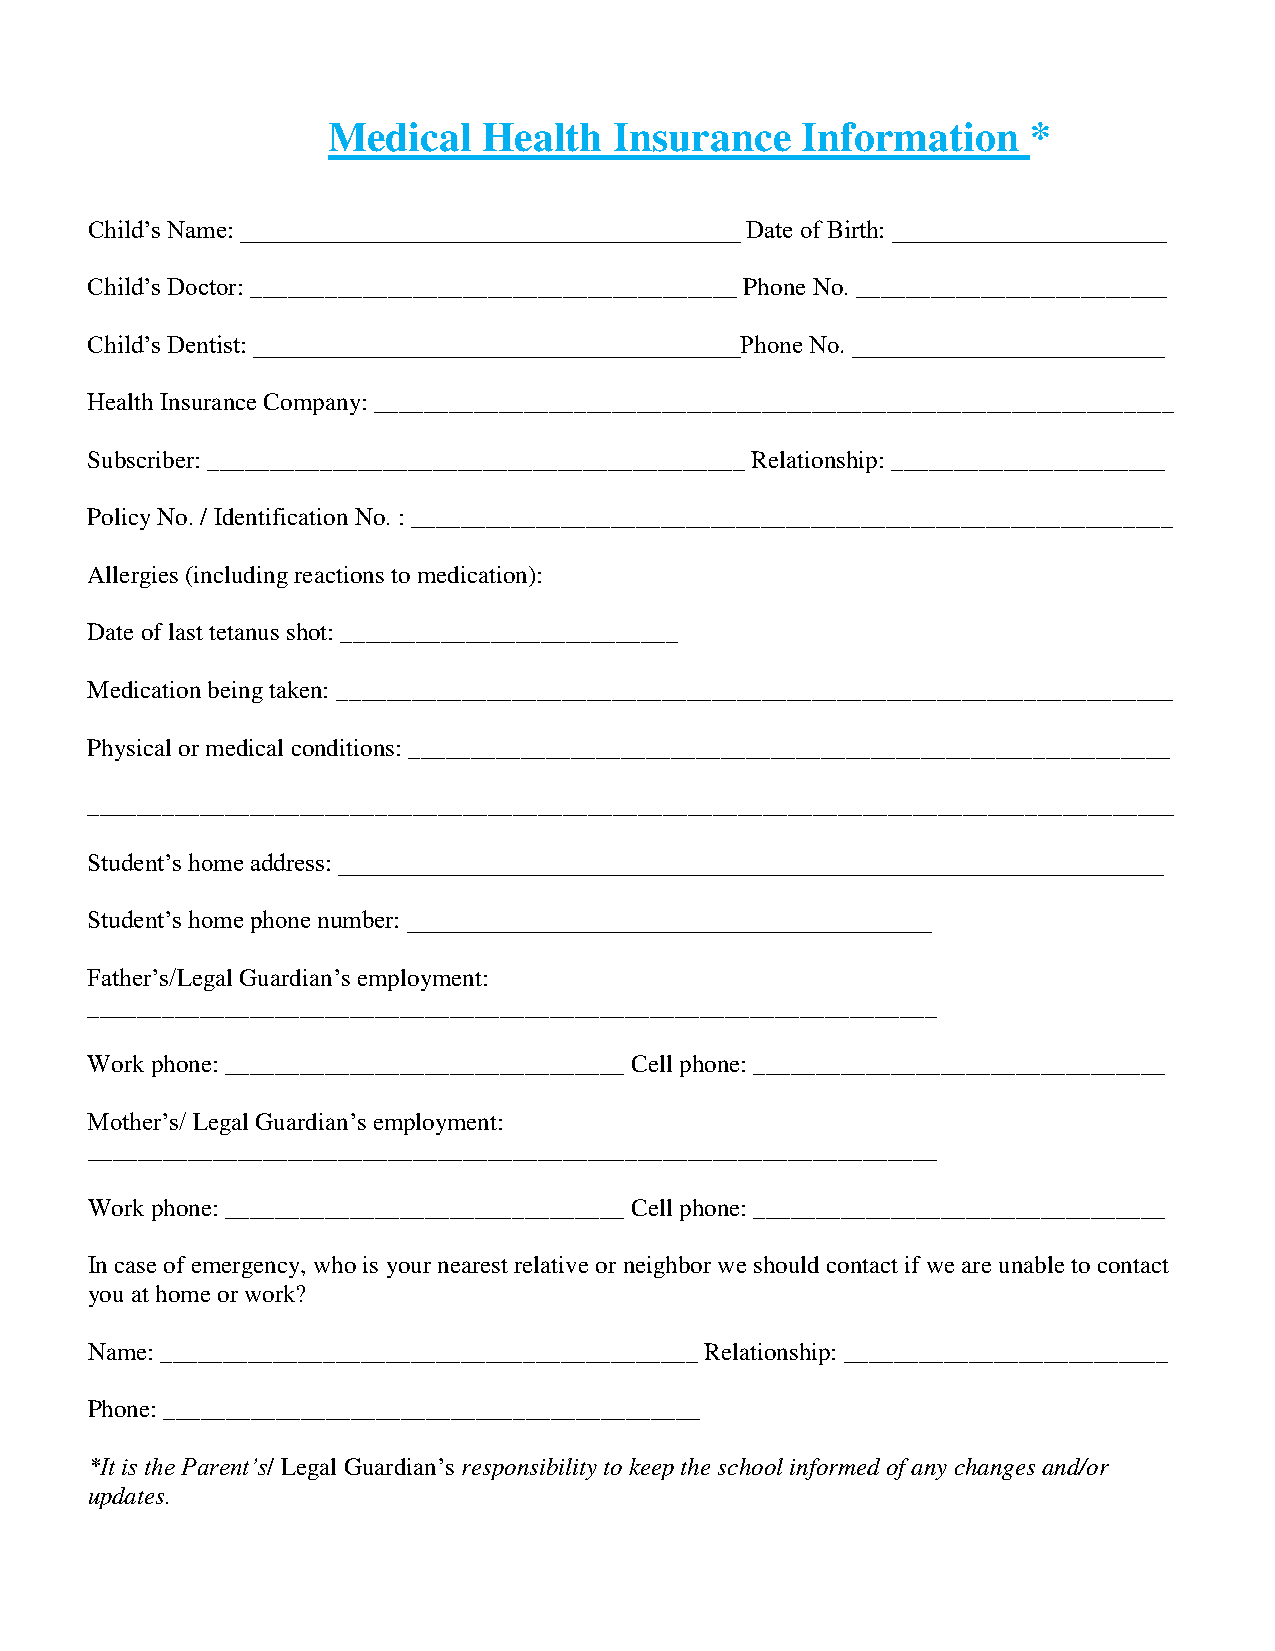
Medical   Health   Insurance   Information    *
 Child’s Name: ________________________________________ Date of Birth: ______________________
 Child’s Doctor: _______________________________________ Phone No. _________________________
 Child’s Dentist: _______________________________________Phone No. _________________________
 Health Insurance Company: ________________________________________________________________
 Subscriber: ___________________________________________ Relationship: ______________________
 Policy No. / Identification No. : _____________________________________________________________
 Allergies (including reactions to medication):
 Date of last tetanus shot: ___________________________
 Medication being taken: ___________________________________________________________________
 Physical or medical conditions: _____________________________________________________________
 _______________________________________________________________________________________
 Student’s home address: __________________________________________________________________
 Student’s home phone number: __________________________________________
 Father’s/Legal Guardian’s employment:
 ____________________________________________________________________
 Work phone: ________________________________ Cell phone: _________________________________
 Mother’s/ Legal Guardian’s employment:
 ____________________________________________________________________
 Work phone: ________________________________ Cell phone: _________________________________
 In case of emergency, who is your nearest relative or neighbor we should contact if we are unable to contact
 you at home or work?
 Name: ___________________________________________ Relationship: __________________________
 Phone: ___________________________________________
 *It is the Parent’s/ Legal Guardian’s responsibility to keep the school informed of any changes and/or
 updates.